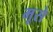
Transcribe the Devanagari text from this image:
मूसे